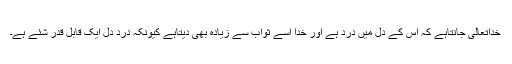
خداتعالیٰ جانتاہے کہ اس کے دل میں درد ہے اور خدا اسے ثواب سے زیادہ بھی دیتاہے کیونکہ دردِ دل ایک قابل قدر شئے ہے۔